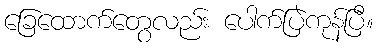
ခြေထောက်တွေလည်း ပေါက်ပြဲကုန်ပြီ။